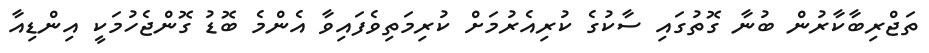
ތަޖްރިބާކާރުން ބުނާ ގޮތުގައި ސާކުގެ ކުރިއެރުމަށް ކުރިމަތިވެފައިވާ އެންމެ ބޮޑު ގޮންޖެހުމަކީ އިންޑިއާ